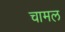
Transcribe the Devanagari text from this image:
चामल